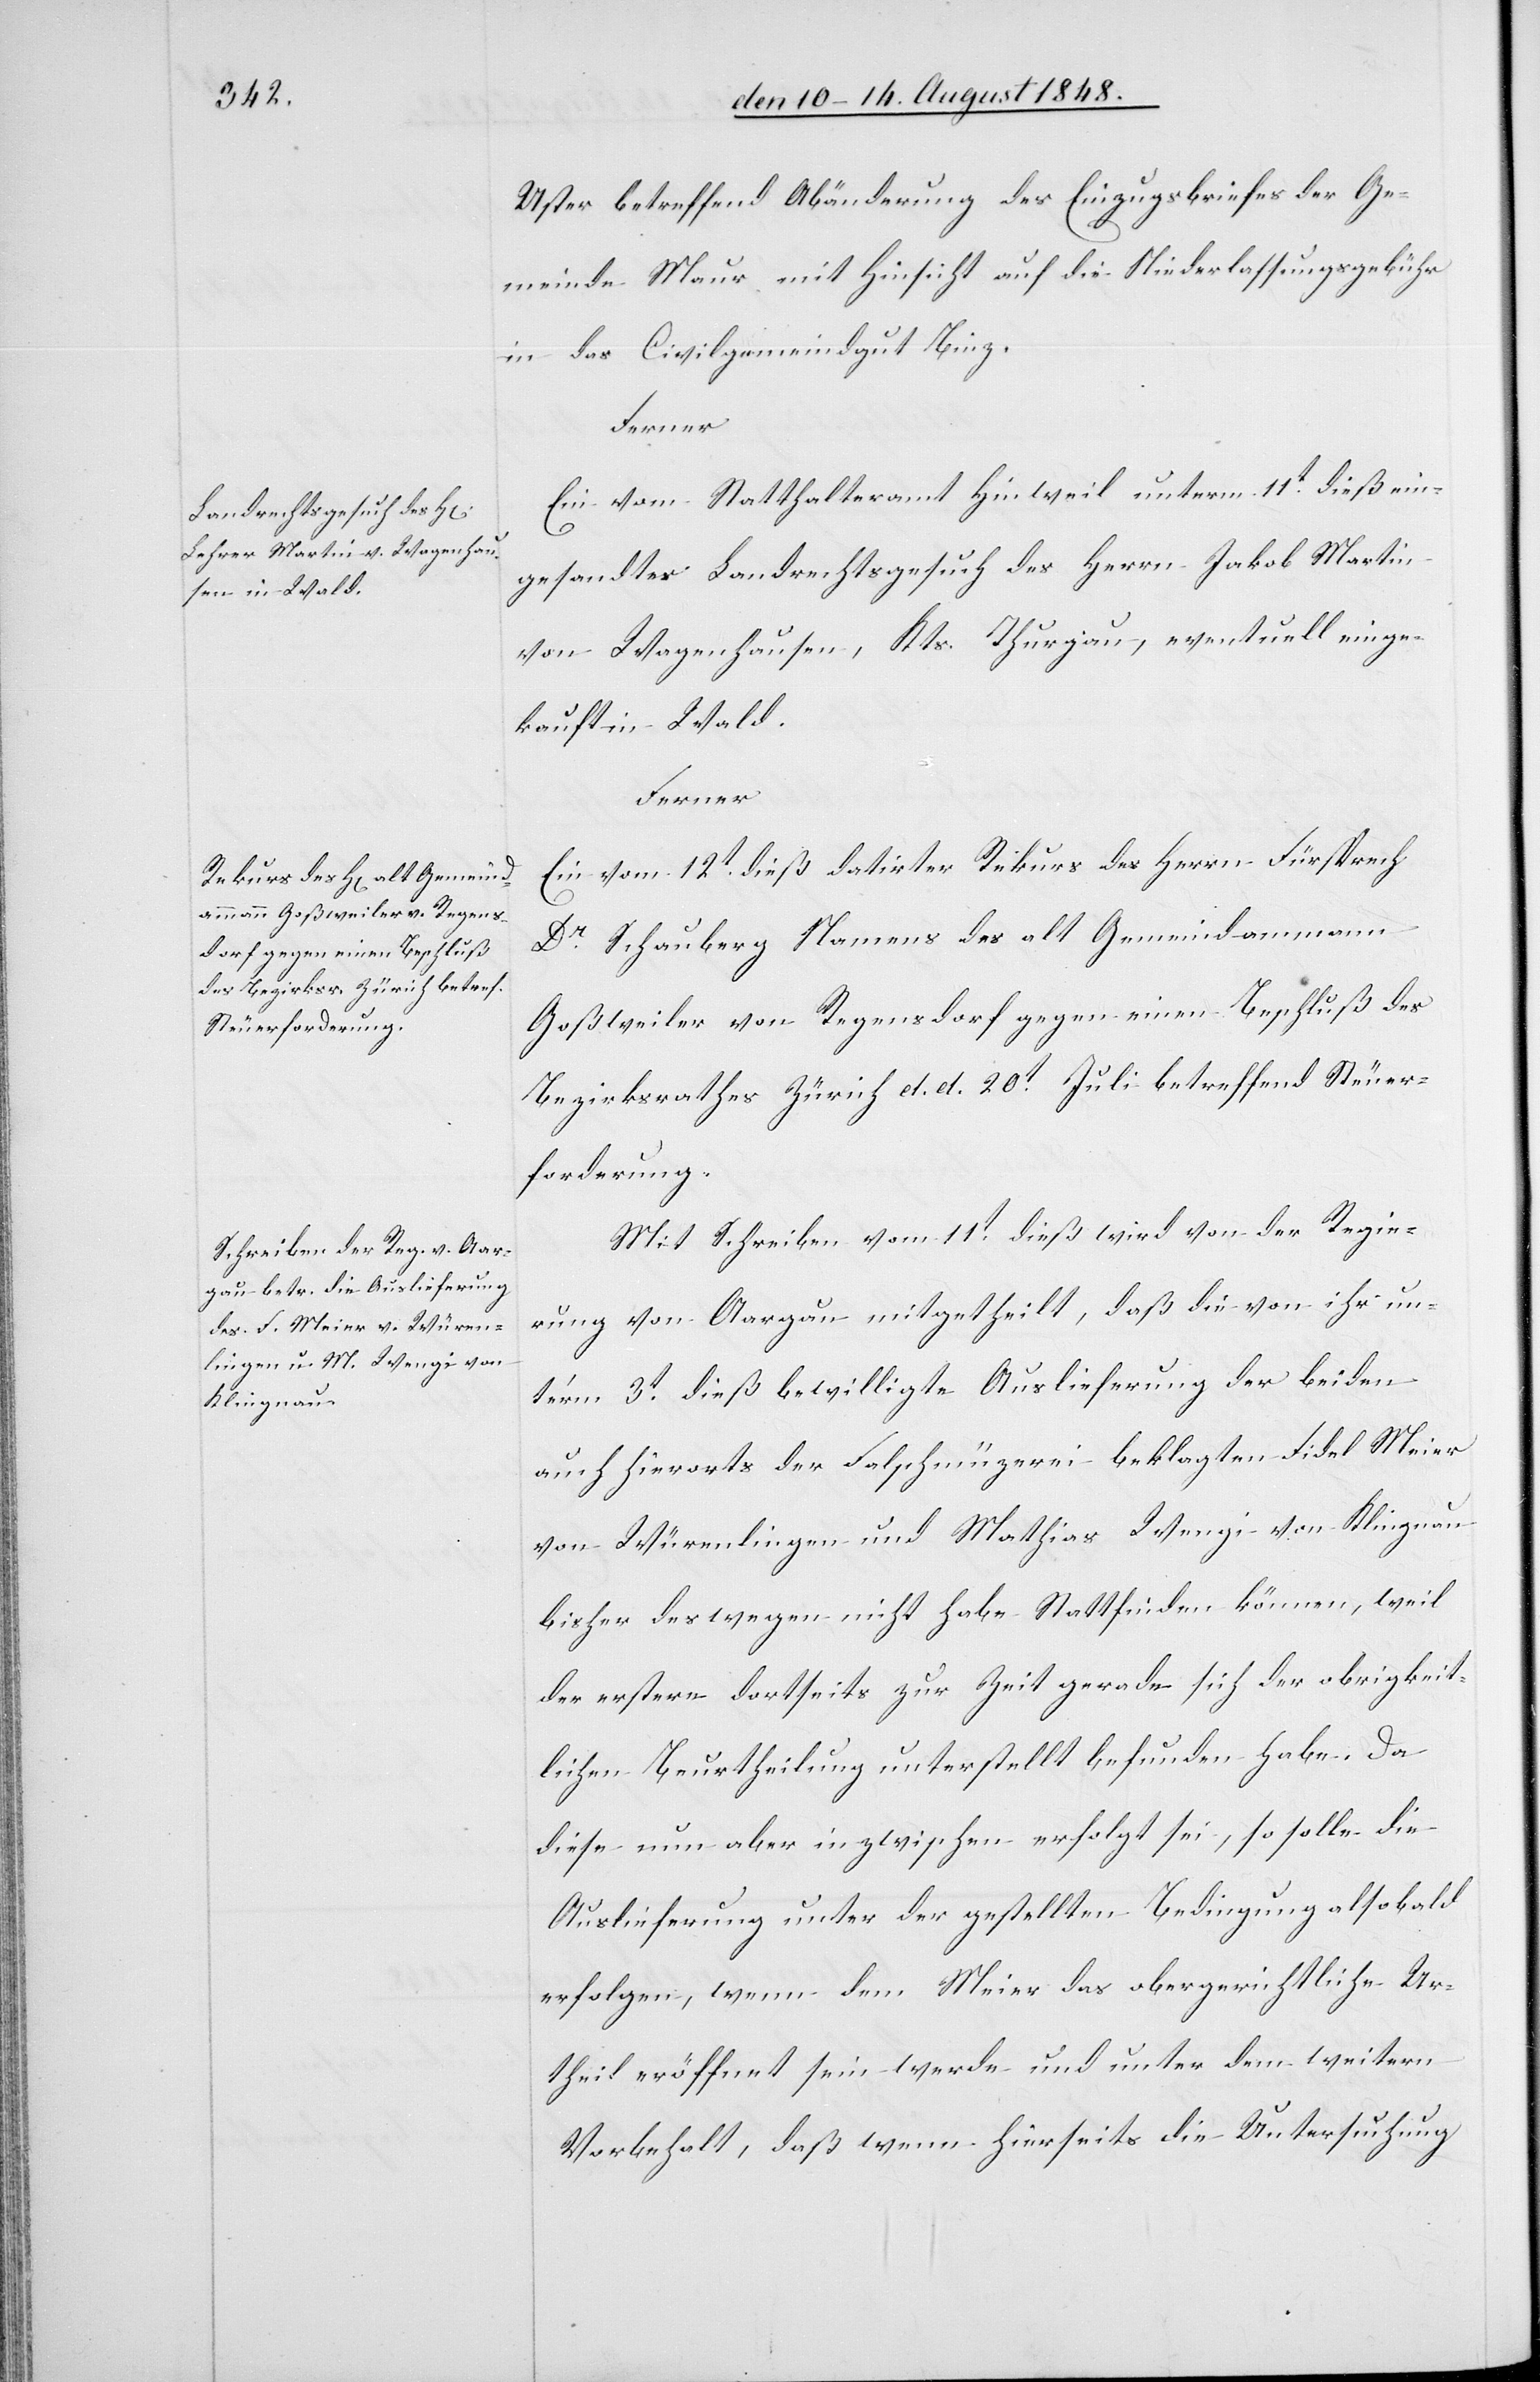
den 14t August 1848.]
Uster betreffend Abänderung des Einzugsbriefes der Ge¬
meine Maur mit Hinsicht auf die Niederlassungsgebühr
in das Civilgemeindgut Binz.
Ferner
Ein vom Statthalteramt Hinweil unterm 11t dieß ein¬
gesandtes Landrechtsgesuch des Herrn Jakob Martin
von Wagenhausen, Kts. Thurgau, eventuell einge¬
kauft in Wald.
Ferner
Ein vom 12t dieß datirter Rekurs des Herrn Fürsprech
Dr Schauberg Namens des alt Gemeindammann
Goßweiler von Regensdorf gegen einen Beschluß des
Bezirksrathes Zürich d. d. 20t Juli betreffend Steuer¬
forderung.
Mit Schreiben vom 11t dieß wird von der Regie¬
rung von Aargau mitgetheilt, daß die von ihr un¬
ter’m 3t dieß bewilligte Auslieferung der beiden
auch hierorts der Falschmü[n]zerei beklagten Fidel Meier
von Würenlingen und Mathias Wengi von Klingnau
bisher deswegen nicht habe Statt finden können, weil
der erstere dortseits zur Zeit gerade sich der obrigkeit¬
lichen Beurtheilung unterstellt befunden habe. Da
diese nun aber in zwischen erfolgt sei, so solle die
Auslieferung unter der gestellten Bedingung alsobald
erfolgen, wenn dem Meier das obergerichtliche Ur¬
theil eröffnet sein werde und unter dem weitern
Vorbehalt, daß wenn hierseits die Untersuchung